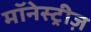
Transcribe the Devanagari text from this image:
मॉनेस्ट्रीज़